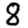
Digit: 8